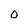
Character: 0